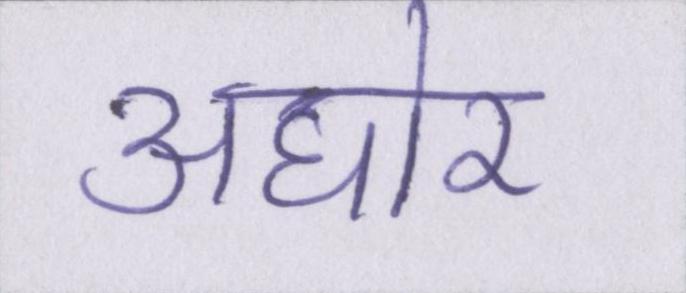
अघोर